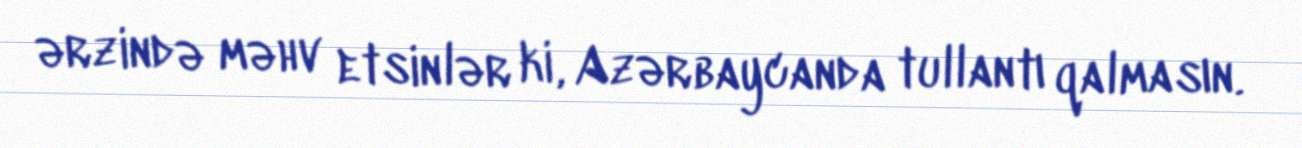
ərzində məhv etsinlər ki, Azərbaycanda tullantı qalmasın.